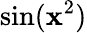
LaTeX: \sin(\mathbf{x}^{2})